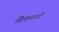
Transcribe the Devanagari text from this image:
सिलानटरो